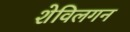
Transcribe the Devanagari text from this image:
शेविलगन